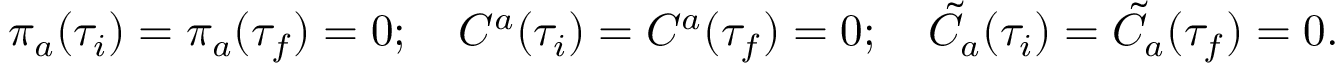
\pi _ { a } ( \tau _ { i } ) = \pi _ { a } ( \tau _ { f } ) = 0 ; \quad C ^ { a } ( \tau _ { i } ) = C ^ { a } ( \tau _ { f } ) = 0 ; \quad \tilde { C } _ { a } ( \tau _ { i } ) = \tilde { C } _ { a } ( \tau _ { f } ) = 0 .